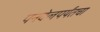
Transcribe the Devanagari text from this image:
पनवेलपर्यंतचा